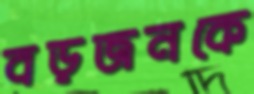
বড়জনকে